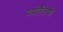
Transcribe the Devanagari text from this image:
ज्योतिषो